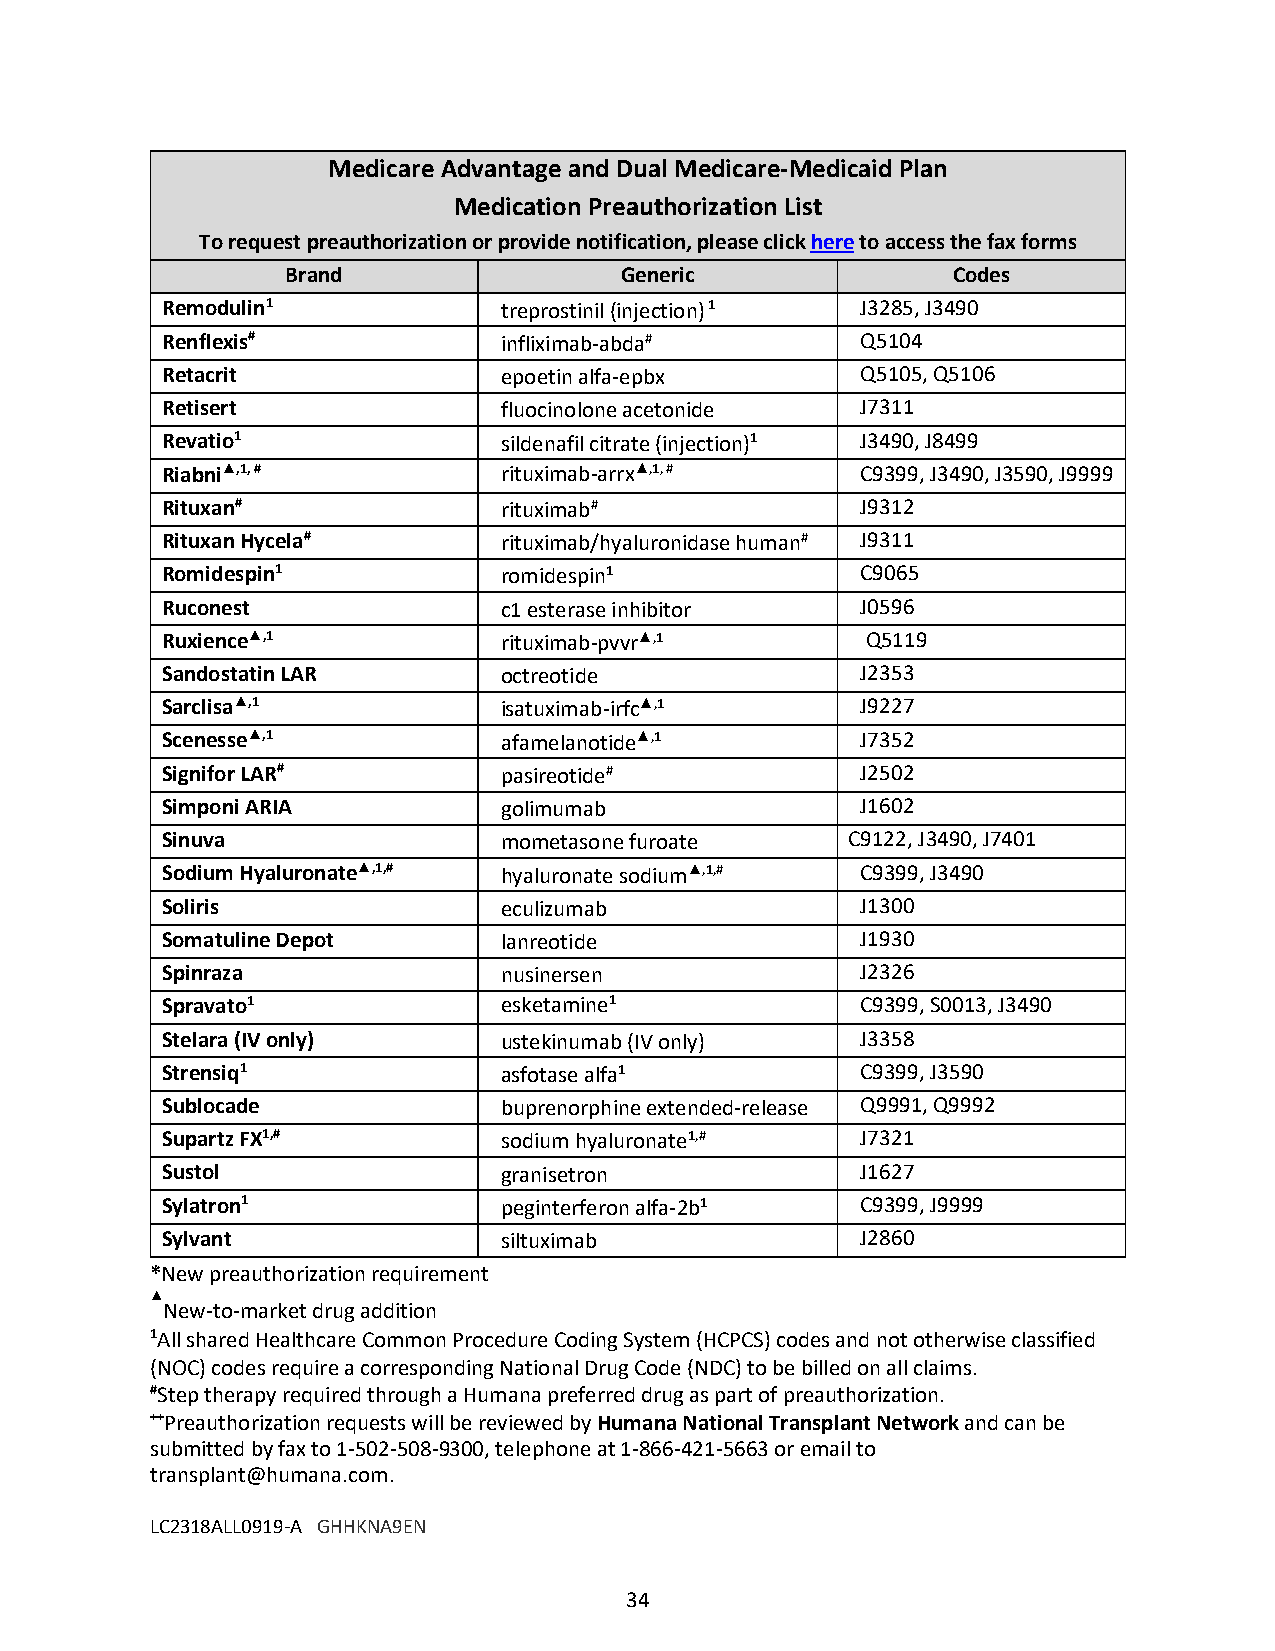
Medicare Advantage and Dual Medicare-Medicaid Plan
 Medication Preauthorization List
 To request preauthorization or provide notification, please click here to access the fax forms
 Brand                 Generic               Codes
 Remodulin1            treprostinil (injection) 1 J3285, J3490
 Renflexis#            infliximab-abda#        Q5104
 Retacrit              epoetin alfa-epbx       Q5105, Q5106
 Retisert              fluocinolone acetonide  J7311
 Revatio1              sildenafil citrate (injection)1 J3490, J8499
 Riabni▲,1, #          rituximab-arrx▲,1, #    C9399, J3490, J3590, J9999
 Rituxan#              rituximab#              J9312
 Rituxan Hycela#       rituximab/hyaluronidase human# J9311
 Romidespin1           romidespin1             C9065
 Ruconest              c1 esterase inhibitor   J0596
 Ruxience▲,1           rituximab-pvvr▲,1       Q5119
 Sandostatin LAR       octreotide              J2353
 Sarclisa▲,1           isatuximab-irfc▲,1      J9227
 Scenesse▲,1           afamelanotide▲,1        J7352
 Signifor LAR#         pasireotide#            J2502
 Simponi ARIA          golimumab               J1602
 Sinuva                mometasone furoate     C9122, J3490, J7401
 Sodium Hyaluronate▲,1,# hyaluronate sodium▲,1,# C9399, J3490
 Soliris               eculizumab              J1300
 Somatuline Depot      lanreotide              J1930
 Spinraza              nusinersen              J2326
 Spravato1             esketamine1             C9399, S0013, J3490
 Stelara (IV only)     ustekinumab (IV only)   J3358
 Strensiq1             asfotase alfa1          C9399, J3590
 Sublocade             buprenorphine extended-release Q9991, Q9992
 Supartz FX1,#         sodium hyaluronate1,#   J7321
 Sustol                granisetron             J1627
 Sylatron1             peginterferon alfa-2b1  C9399, J9999
 Sylvant               siltuximab              J2860
 *New preauthorization requirement
 ▲
 New-to-market drug addition
 1All shared Healthcare Common Procedure Coding System (HCPCS) codes and not otherwise classified
 (NOC) codes require a corresponding National Drug Code (NDC) to be billed on all claims.
 #Step therapy required through a Humana preferred drug as part of preauthorization.
 ++Preauthorization requests will be reviewed by Humana National Transplant Network and can be
 submitted by fax to 1-502-508-9300, telephone at 1-866-421-5663 or email to
 transplant@humana.com.
 LC2318ALL0919-A GHHKNA9EN
 34